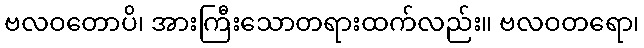
ဗလဝတောပိ၊ အားကြီးသောတရားထက်လည်း။ ဗလဝတရော၊